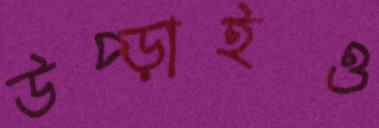
উপ্‌ড়াইও